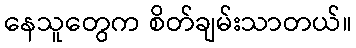
နေသူတွေက စိတ်ချမ်းသာတယ်။